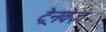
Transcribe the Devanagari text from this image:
ट्रेनवेज़